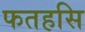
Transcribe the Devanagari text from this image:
फतहसि